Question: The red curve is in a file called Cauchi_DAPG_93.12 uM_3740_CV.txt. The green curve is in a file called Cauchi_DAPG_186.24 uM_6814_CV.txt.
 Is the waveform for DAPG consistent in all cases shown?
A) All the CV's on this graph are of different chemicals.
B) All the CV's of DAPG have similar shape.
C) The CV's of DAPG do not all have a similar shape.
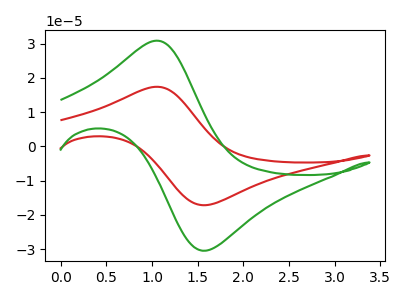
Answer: <think>The red curve "DAPG_93.12 uM" has an anodic peak at (1.05V, 17.40uA) and a cathodic peak at (1.60V, -17.15uA). The green curve "DAPG_186.24 uM" has an anodic peak at (1.05V, 30.85uA) and a cathodic peak at (1.60V, -30.40uA).
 All the peaks in "DAPG_93.12 uM" have a peak in "DAPG_186.24 uM" at the same potential. Every peak in "DAPG_93.12 uM" is lower than every peak in "DAPG_186.24 uM".</think>
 <answer>B) All the CV's of "DAPG" have similar shape.</answer>
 <eval>B</eval>